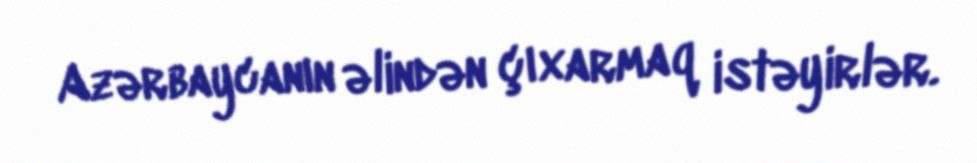
Azərbaycanın əlindən çıxarmaq istəyirlər.